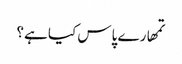
تمھارے پاس کیا ہے؟